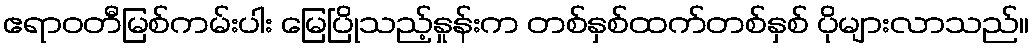
ဧရာဝတီမြစ်ကမ်းပါး မြေပြိုသည့်နှုန်းက တစ်နှစ်ထက်တစ်နှစ် ပိုများလာသည်။